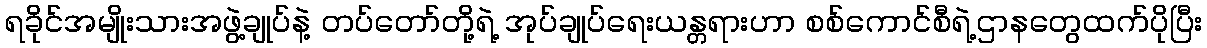
ရခိုင်အမျိုးသားအဖွဲ့ချုပ်နဲ့ တပ်တော်တို့ရဲ့ အုပ်ချုပ်ရေးယန္တရားဟာ စစ်ကောင်စီရဲ့ဌာနတွေထက်ပိုပြီး